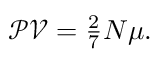
\begin{array} { r } { \mathcal { P V } = \frac { 2 } { 7 } N \mu . } \end{array}